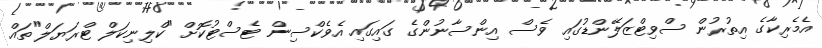
އެމެރިކާގެ އިތުރުން ސްވިޓްޒަލޭންޑުގައި ވެސް އިންސާނުންގެ ގައިގައި އެވެކްސިން ޓެސްޓުކޮށް "ކްލިނިކަލް ޓްރަޔަލް"ތައް